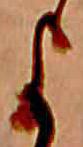
よ